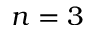
n = 3